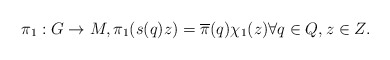
\begin{align*}\pi_1 : G \to M, \pi_1(s(q)z) = \overline{\pi}(q) \chi_1(z) \forall q \in Q, z \in Z.\end{align*}